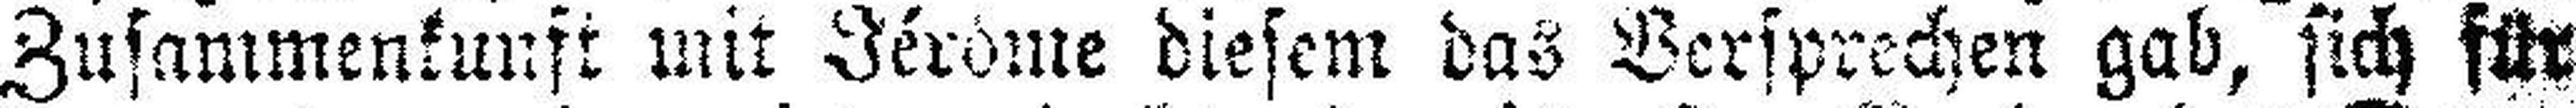
Zusammenkunft mit Jérôme diesem das Versprechen gab, sich für